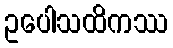
ဥပေါသထိကဿ